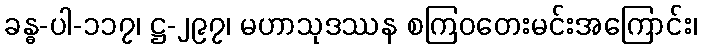
ခန္ဓ-ပါ-၁၁၇၊ ဋ္ဌ-၂၉၇၊ မဟာသုဒဿန စကြဝတေးမင်းအကြောင်း၊